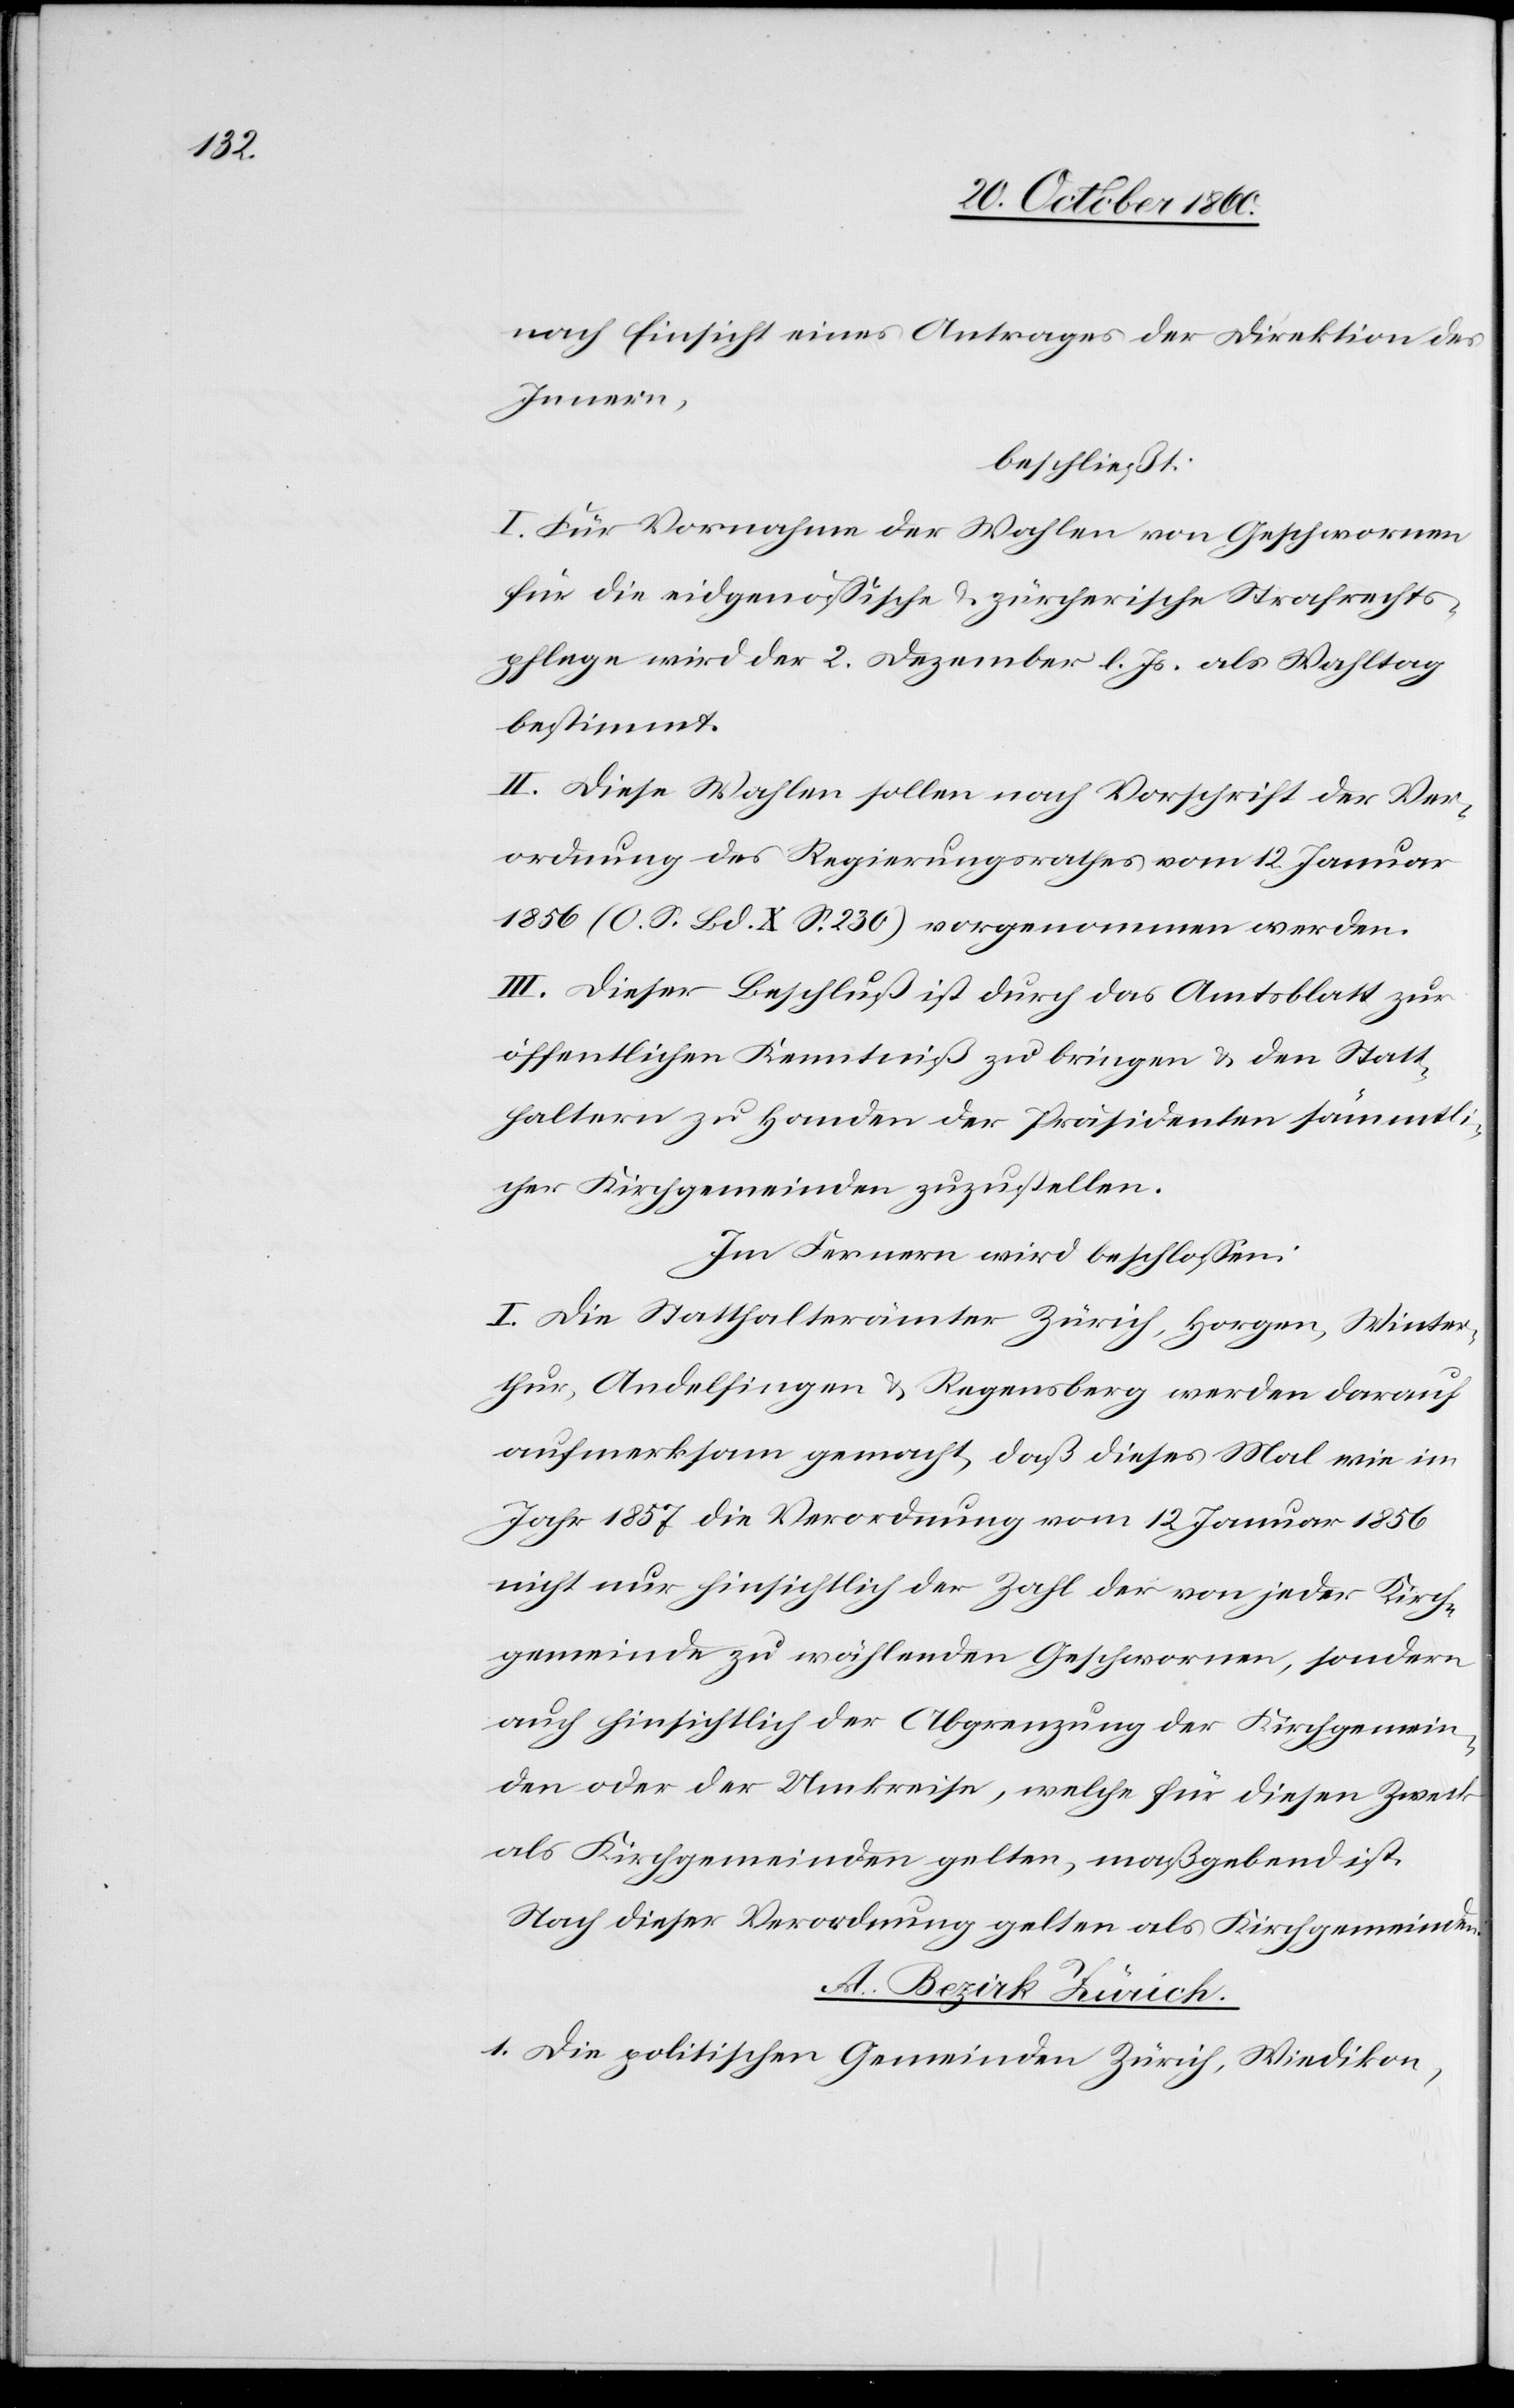
nach Einsicht eines Antrages der Direktion des
Innern,
beschließt:
I. Für Vornahme der Wahlen von Geschwornen
für die eidgenössische u. zürcherische Strafrechts¬
pflege wird der 2. Dezember l. Js. als Wahltag
bestimmt.
II. Diese Wahlen sollen nach Vorschrift der Ver¬
ordnung des Regierungsrathes vom 12. Januar
1856 (O. S. Bd. X. S. 230) vorgenommen werden.
III: Dieser Beschluß ist durch das Amtsblatt zur
öffentlichen Kenntniß zu bringen u. den Statt¬
haltern zu Handen der Präsidenten sämmtli¬
cher Kirchgemeinden zuzustellen.
Im Fernern wird beschlossen:
I. Die Statthalterämter Zürich, Horgen, Winter¬
thur, Andelfingen u. Regensberg werden darauf
aufmerksam gemacht, daß dieses Mal wie im
Jahr 1857 die Verordnung vom 12. Januar 1859
nicht nur hinsichtlich der Zahl der von jeder Kirch¬
gemeinde zu wählenden Geschwornen, sondern
auch hinsichtlich der Abgrenzung der Kirchgemein¬
den oder der Umkreise, welche für diesen Zweck
als Kirchgemeinden gelten, maßgebend ist.
Nach dieser Verordnung gelten als Kirchgemeinde:
A. Bezirk Zürich.
1. Die politischen Gemeinden Zürich, Wiedikon,